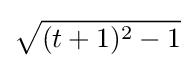
{\sqrt {(t+1)^{2}-1}}